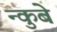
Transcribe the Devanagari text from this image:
न्कुबे